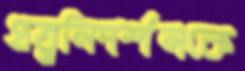
প্রত্ননিদর্শনকে